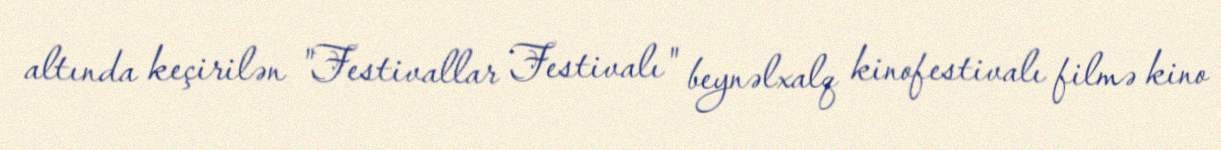
altında keçirilən "Festivallar Festivalı" beynəlxalq kinofestivalı filmə kino